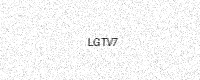
Text: LGTV7